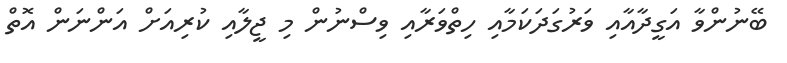
ބޭނުންވާ އަގީދާއާއި ވަރުގަދަކަމާއި ހިތްވަރާއި ވިސްނުން މި ޖީލާއި ކުރިއަށް އަންނަން އޮތް